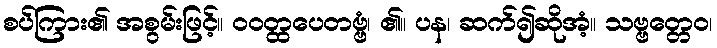
စပ်ကြား၏ အစွမ်းဖြင့်။ ဝဝတ္ထပေတဗ္ဗံ၊ ၏။ ပန၊ ဆက်၍ဆိုအံ့။ သဗ္ဗတ္တေဝ၊